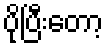
ပိုပြီးတော့